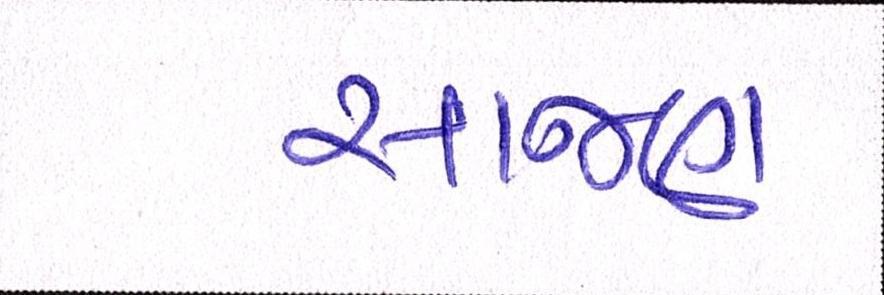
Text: સાજણ